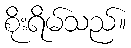
စိုးရိမ်သည်။